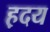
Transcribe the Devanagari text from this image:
ह़दय